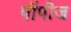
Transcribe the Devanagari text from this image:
पॉपीज